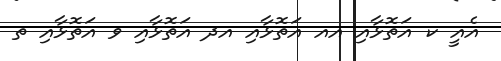
އެއީ ކ އަތޮޅާއި އއ އަތޮޅާއި އދ އަތޮޅާއި ވ އަތޮޅާއި ތ